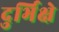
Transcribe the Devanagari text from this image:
दुर्भिक्षे